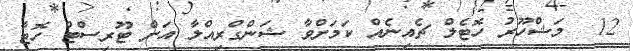
12  މަޝްހޫރު ހޮޓެލް ޗެއިނެއް ކަމަށްވާ ޝަންގްރިއްލާ އަށް ޓޫރިސްޓް ހޮޓާ